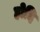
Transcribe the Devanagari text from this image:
होदि